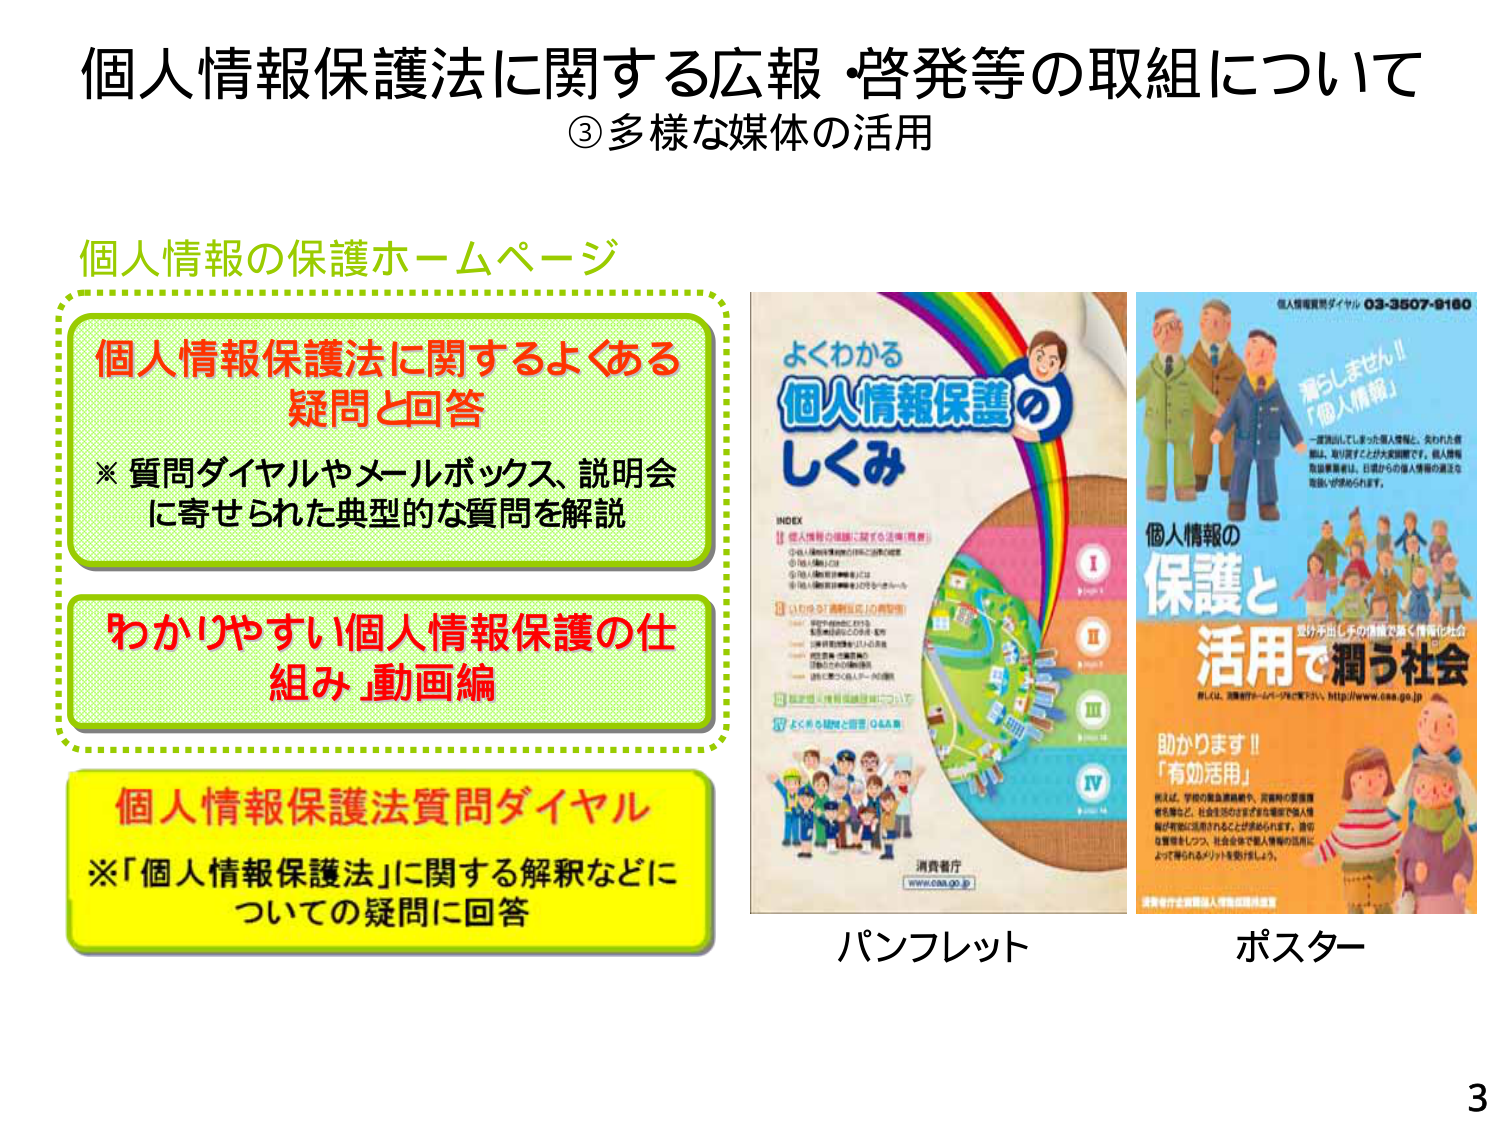
個人情報保護法に関する広報・啓発等の取組について
③多様な媒体の活用

個人情報の保護ホームページ

個人情報保護法に関するよくある
疑問と回答
※ 質問ダイヤルやメールボックス、説明会
に寄せられた典型的な質問を解説

わかりやすい個人情報保護の仕
組み 動画編

個人情報保護法質問ダイヤル
※「個人情報保護法」に関する解釈などに
ついての疑問に回答

よくわかる
個人情報保護の
しくみ

INDEX
Ⅰ 個人情報の保護に関する法律（概要）
① 個人情報保護法の目的と基本的構造
② 個人情報とは
③ 個人情報保護委員会とは
④ 個人情報保護法の対象となる者

Ⅱ いわゆる「個人情報」の典型例
・特定の個人にかかわる
・匿名加工されたもの、集計
・個人情報保護法の対象外
・個人情報保護法の対象外
・匿名加工された情報の
・匿名加工された情報の
・匿名加工された情報の

Ⅲ 個人情報の保護と活用について

Ⅳ よくある疑問と回答 Q&A集

消費者庁
www.caa.go.jp

個人情報質問ダイヤル 03-3507-8180

溜らしません!!
「個人情報」

一言漏らしてしまった個人情報と、失われた信
頼は、取り戻すことが大変困難です。個人情報
保護事業者は、日頃からの個人情報の適正な
取扱いが求められます。

個人情報の
保護と
活用で潤う社会

受け手出ししきの情報で築く情報化社会

詳しくは、消費者庁ホームページをご覧下さい。 http://www.caa.go.jp

助かります!!
「有効活用」

例えば、学校の緊急連絡網や、災害時の緊急連
絡先など、社会生活のさまざまな場面で個人情
報が有効に活用されることが求められます。適切
な管理をしつつ、社会全体で個人情報の活用に
よって得られるメリットを受けましょう。

警察庁企画局個人情報保護推進室

パンフレット
ポスター

3